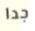
جدا